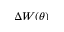
\Delta W ( \theta )